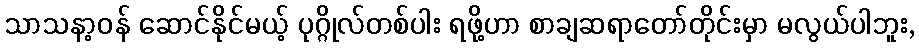
သာသနာ့ဝန် ဆောင်နိုင်မယ့် ပုဂ္ဂိုလ်တစ်ပါး ရဖို့ဟာ စာချဆရာတော်တိုင်းမှာ မလွယ်ပါဘူး,